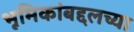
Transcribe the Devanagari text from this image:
भूमिकांबद्दलच्या